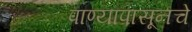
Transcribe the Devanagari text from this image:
पाण्यापासूनचे